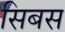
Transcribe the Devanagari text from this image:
सिबस